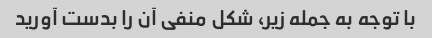
با توجه به جمله زیر، شکل منفی آن را بدست آورید